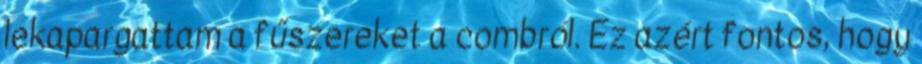
lekapargattam a fűszereket a combról. Ez azért fontos, hogy